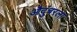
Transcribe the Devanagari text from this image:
औदुंबरला